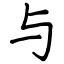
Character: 与